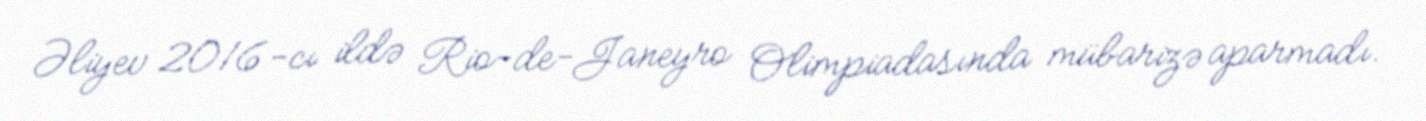
Əliyev 2016-cı ildə Rio-de-Janeyro Olimpiadasında mübarizə aparmadı.